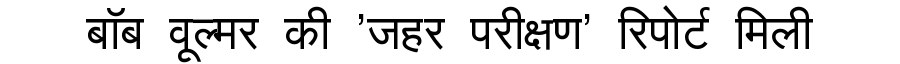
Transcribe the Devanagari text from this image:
बॉब वूल्मर की 'जहर परीक्षण' रिपोर्ट मिली